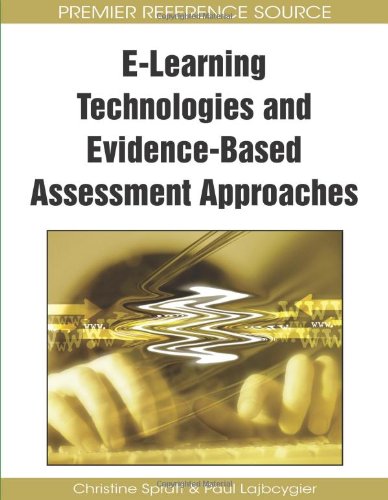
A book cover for E-Learning Technologies and Evidence-Based Assessment Approaches (Advances in Information and Communication Technology Educati); Christine Spratt; Humor & Entertainment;